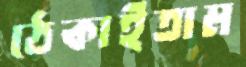
ঠেকাইতাম